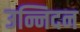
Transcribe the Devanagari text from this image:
उन्निदन